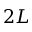
2 L